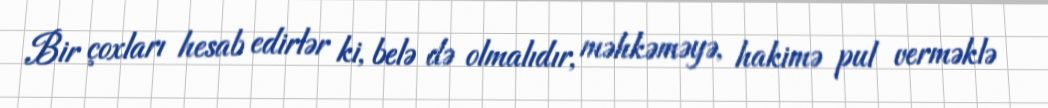
Bir çoxları hesab edirlər ki, belə də olmalıdır, məhkəməyə, hakimə pul verməklə